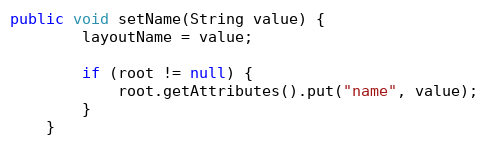
Language: Java
public void setName(String value) {
        layoutName = value;

        if (root != null) {
            root.getAttributes().put("name", value);
        }
    }